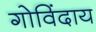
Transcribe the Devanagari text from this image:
गोविंदाय